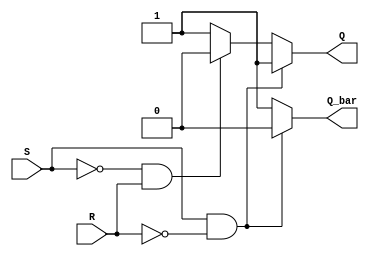
module sr_latch (
  input S,
  input R,
  output reg Q,
  output reg Q_bar
);

always @ (S or R)
begin
  if(S && !R) // Set is high, Reset is low
  begin
    Q = 1;
    Q_bar = 0;
  end
  else if(!S && R) // Set is low, Reset is high
  begin
    Q = 0;
    Q_bar = 1;
  end
  else // Forbidden state
  begin
    Q = 1;
    Q_bar = 1;
  end
end

endmodule